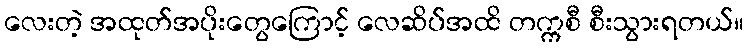
လေးတဲ့ အထုတ်အပိုးတွေကြောင့် လေဆိပ်အထိ တက္ကစီ စီးသွားရတယ်။